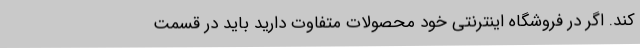
کند. اگر در فروشگاه اینترنتی خود محصولات متفاوت دارید باید در قسمت